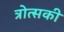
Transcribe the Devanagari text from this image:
त्रोत्सकी